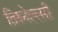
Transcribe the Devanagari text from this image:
तिरुनेल्लरी